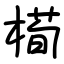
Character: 槆